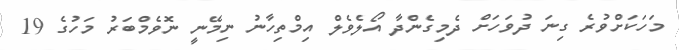
މަހަކަށްވުރެ ގިނަ ދުވަހަށް ދެމިގެންދާ އޯލެވެލް އިމްތިހާނު ނިމޭނީ ނޮވެމްބަރު މަހުގެ 19